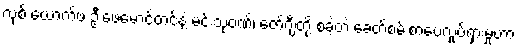
လုစ် ယောက်ဖ ဦးဖေမောင်တင်နဲ့ မင်းသုဝဏ်၊ ဇော်ဂျီတို့ စခဲ့တဲ့ ခေတ်စမ်းစာပေလှုပ်ရှားမှုဟာ